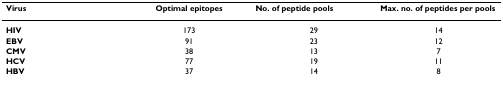
| Virus | Optimal epitopes | No. of peptide pools | Max. no. of peptides per pools |
 | --- | --- | --- | --- |
 | HIV | 173 | 29 | 14 |
 | EBV | 91 | 23 | 12 |
 | CMV | 38 | 13 | 7 |
 | HCV | 77 | 19 | 11 |
 | HBV | 37 | 14 | 8 |